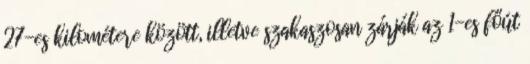
27-es kilométere között, illetve szakaszosan zárják az 1-es főút